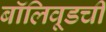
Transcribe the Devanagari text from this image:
बॉलिवूडची